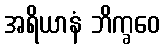
အရိယာနံ ဘိက္ခဝေ